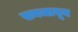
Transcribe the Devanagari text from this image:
सनजावून